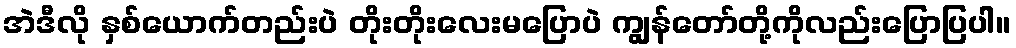
အဲဒီလို နှစ်ယောက်တည်းပဲ တိုးတိုးလေးမပြောပဲ ကျွန်တော်တို့ကိုလည်းပြောပြပါ။